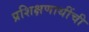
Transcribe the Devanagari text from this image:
प्रशिक्षणाथींची